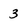
Character: 3